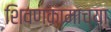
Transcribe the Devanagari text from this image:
शिवणकामाच्या